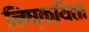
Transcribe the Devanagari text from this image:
निष्क्यिता